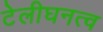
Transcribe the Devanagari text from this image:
टेलीघनत्व